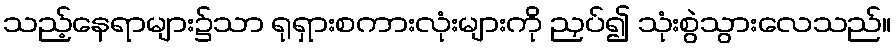
သည့်နေရာများ၌သာ ရုရှားစကားလုံးများကို ညှပ်၍ သုံးစွဲသွားလေသည်။